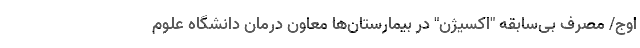
اوج/ مصرف بی‌سابقه "اکسیژن" در بیمارستان‌ها معاون درمان دانشگاه علوم